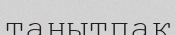
танытпақ